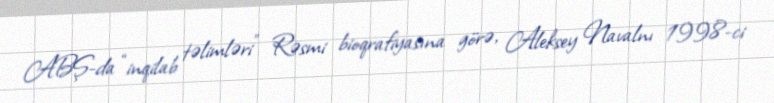
ABŞ-da “inqilab təlimləri” Rəsmi bioqrafiyasına görə, Aleksey Navalnı 1998-ci